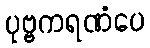
ပုဗ္ဗကရဏံပေ